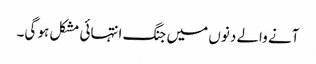
آنے والے دنوں میں جنگ انتہائی مشکل ہو گی۔